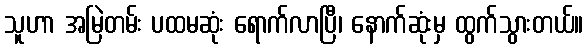
သူဟာ အမြဲတမ်း ပထမဆုံး ရောက်လာပြီ၊ နောက်ဆုံးမှ ထွက်သွားတယ်။